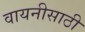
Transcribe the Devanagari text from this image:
वायनीसाठी